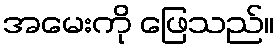
အမေးကို ဖြေသည်။